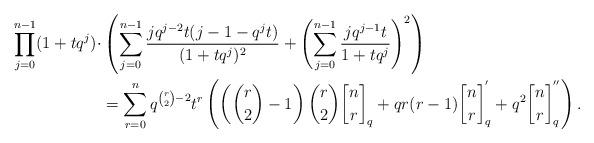
LaTeX: \begin{align*}\prod_{j=0}^{n-1} (1+tq^j) \cdot &\left( \sum_{j=0}^{n-1} \frac{ jq^{j-2}t( j-1 -q^jt )}{(1+tq^j)^2} + \left(\sum_{j=0}^{n-1} \frac{jq^{j-1}t}{1+tq^j} \right)^2 \right) \\&= \sum_{r=0}^{n} q^{\binom{r}{2}-2} t^r \left( \left(\binom{r}{2}- 1\right)\binom{r}{2} {n \brack r}_q +q r(r-1) {n \brack r}^{'}_{q}+q^2{n \brack r}^{''}_q \right).\end{align*}